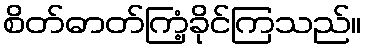
စိတ်ဓာတ်ကြံ့ခိုင်ကြသည်။